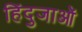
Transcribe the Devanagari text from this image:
हिंदुजाओं